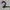
Text: 2